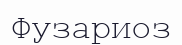
Фузариоз